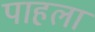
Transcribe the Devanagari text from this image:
पाहला